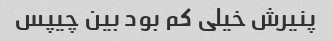
پنیرش خیلی کم بود بین چیپس